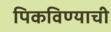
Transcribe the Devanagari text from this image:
पिकविण्याची